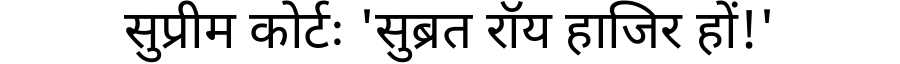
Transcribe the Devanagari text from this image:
सुप्रीम कोर्टः 'सुब्रत रॉय हाजिर हों!'